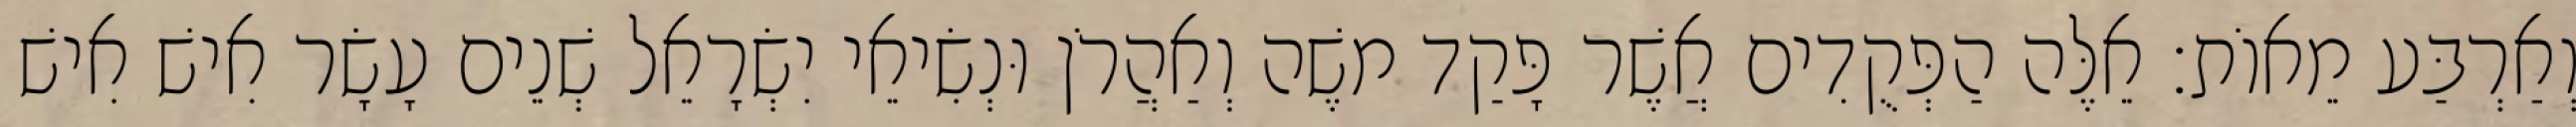
וְאַרְבַּע מֵאוֹת׃ אֵלֶּה הַפְּקֻדִים אֲשֶׁר פָּקַד משֶׁה וְאַהֲרֹן וּנְשִׂיאֵי יִשְׂרָאֵל שְׁנֵים עָשָׂר אִישׁ אִישׁ